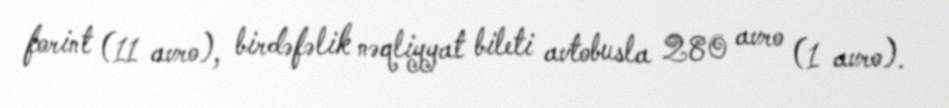
forint (11 avro), birdəfəlik nəqliyyat bileti avtobusla 280 avro (1 avro).